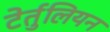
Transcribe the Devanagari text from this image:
टेर्तुलियन